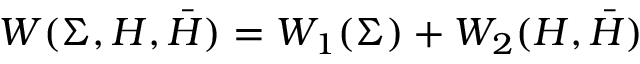
W ( \Sigma , H , \bar { H } ) = W _ { 1 } ( \Sigma ) + W _ { 2 } ( H , \bar { H } )